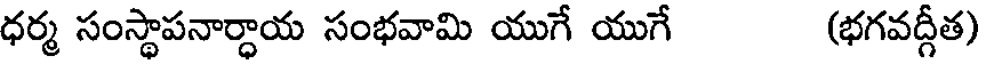
ధర్మ సంస్థాపనార్ధాయ సంభవామి యుగే యుగే (భగవద్గీత)